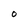
Character: O